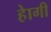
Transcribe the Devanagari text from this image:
हेागी